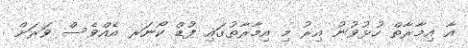
އާ އިމާރާތް ހުޅުވުނު އިރު މި އިމާރާތުގައި ފުޑް ކޯނަރ އެއްވެސް ވަރަށް